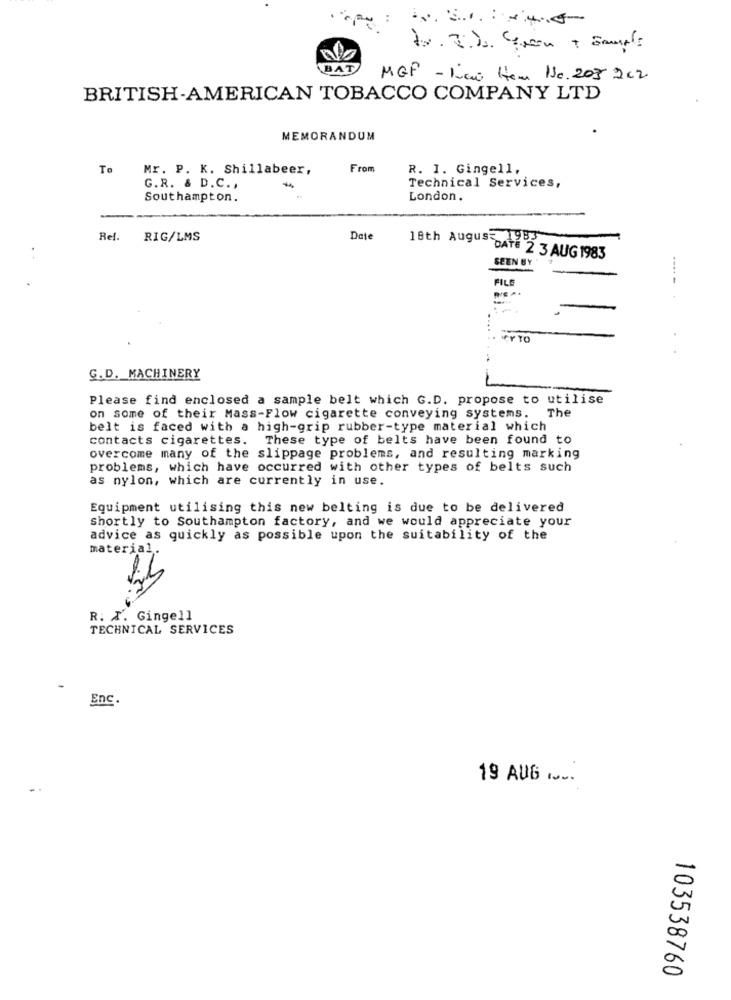
BAT
MGP - Ivai Hem Ne. 203 202
BRITISH-AMERICAN TOBACCO COMPANY LTD
MEMORANDUM
To
Mr. P. K. Shillabeer,
From
R. I. Gingell,
Technical Services,
G.R. & D.C. ,
Southampton.
London.
Ref.
RIG/LMS
Date
18th August 198
DATE 2 3 AUG 1983
SEEN BY
FILE
---- -
G.D. MACHINERY
Please find enclosed a sample belt which G.D. propose to utilise
on some of their Mass-Flow cigarette conveying systems. The
belt is faced with a high-grip rubber-type material which
contacts cigarettes. These type of belts have been found to
overcome many of the slippage problems, and resulting marking
problems, which have occurred with other types of belts such
as nylon, which are currently in use.
Equipment utilising this new belting is due to be delivered
Shortly to Southampton factory, and we would appreciate your
advice as quickly as possible upon the suitability of the
material.
R. X. Gingell
TECHNICAL SERVICES
Enc.
19 AUG ....
103538760